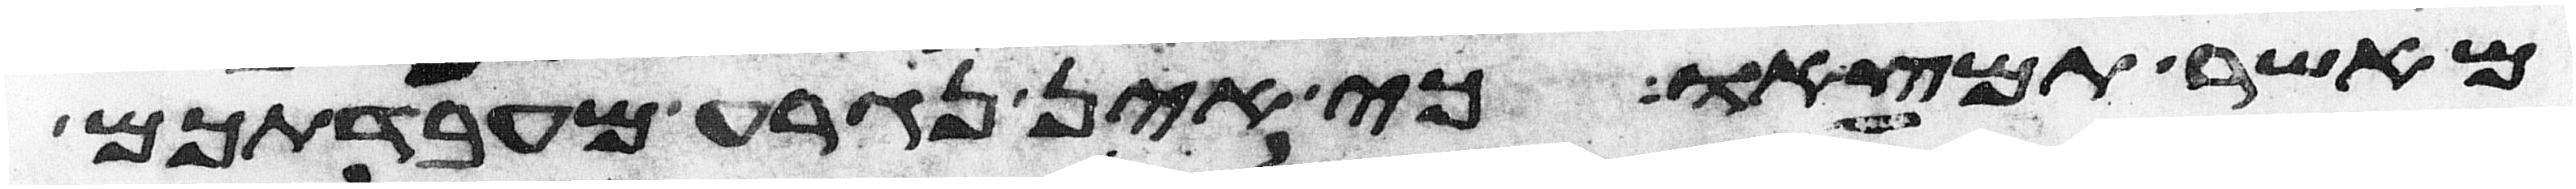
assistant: מאשר תמצאו כי אין נגרע מעבדתכם